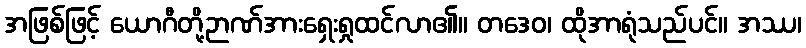
အဖြစ်ဖြင့် ယောဂီတို့ဉာဏ်အားရှေးရှုထင်လာ၏။ တဒေဝ၊ ထိုအာရုံသည်ပင်။ အဿ၊